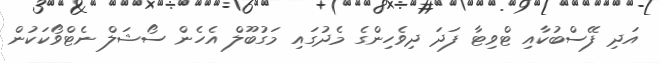
އަދި ފޭސްބުކާއި ޓްވިޓާ ފަދަ ދިވެހިންގެ މެދުގައި މަގުބޫލް އެހެން ސޯޝަލް ނެޓްވޯކަކުން